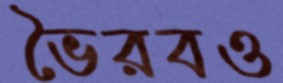
ভৈরবও